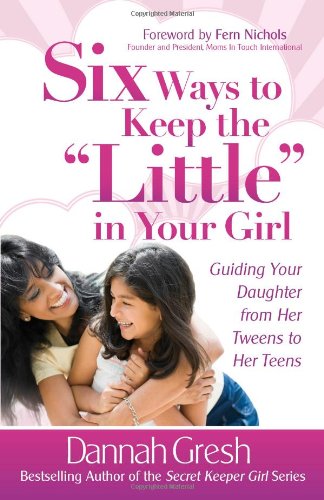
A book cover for Six Ways to Keep the "Little" in Your Girl: Guiding Your Daughter from Her Tweens to Her Teens (Secret Keeper Girl Series); Dannah Gresh; Parenting & Relationships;